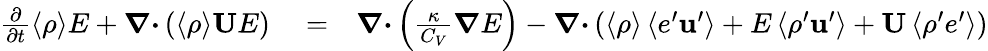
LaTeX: \begin{array}{rlr}{\frac{\partial}{\partial t}\langle{\rho}\rangle E+{\boldsymbol{\nabla}}{\boldsymbol{\cdot}}\left({\langle{\rho}\rangle{\mathbf{U}}E}\right)}&{{}=}&{{\boldsymbol{\nabla}}{\boldsymbol{\cdot}}\left({\frac{\kappa}{C_{V}}{\boldsymbol{\nabla}}E}\right)-{\boldsymbol{\nabla}}{\boldsymbol{\cdot}}\left({\langle{\rho}\rangle\left\langle{e^{\prime}{\mathbf{u}}^{\prime}}\right\rangle+E\left\langle{\rho^{\prime}{\mathbf{u}}^{\prime}}\right\rangle+{\mathbf{U}}\left\langle{\rho^{\prime}e^{\prime}}\right\rangle}\right)}\end{array}